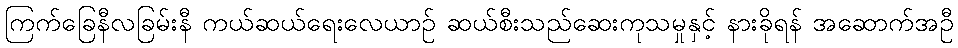
ကြက်ခြေနီလခြမ်းနီ ကယ်ဆယ်ရေးလေယာဉ် ဆယ်စီးသည်ဆေးကုသမှုနှင့် နားခိုရန် အဆောက်အဦ